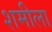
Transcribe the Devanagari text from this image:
शमीला